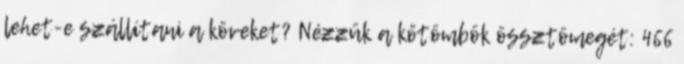
lehet-e szállítani a köveket? Nézzük a kőtömbök össztömegét: 466